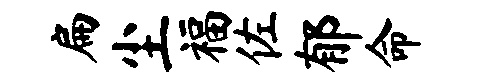
扁尘福佐郁命